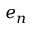
e _ { n }